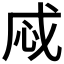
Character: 𢘱